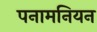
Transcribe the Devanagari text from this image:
पनामनियन